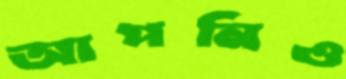
আপনিও